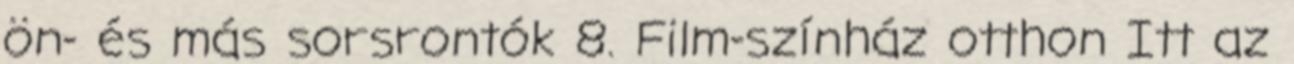
ön- és más sorsrontók 8. Film-színház otthon Itt az